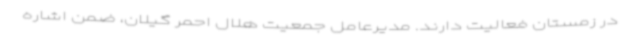
در زمستان فعالیت دارند. مدیرعامل جمعیت هلال احمر گیلان، ضمن اشاره